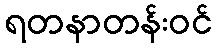
ရတနာတန်းဝင်